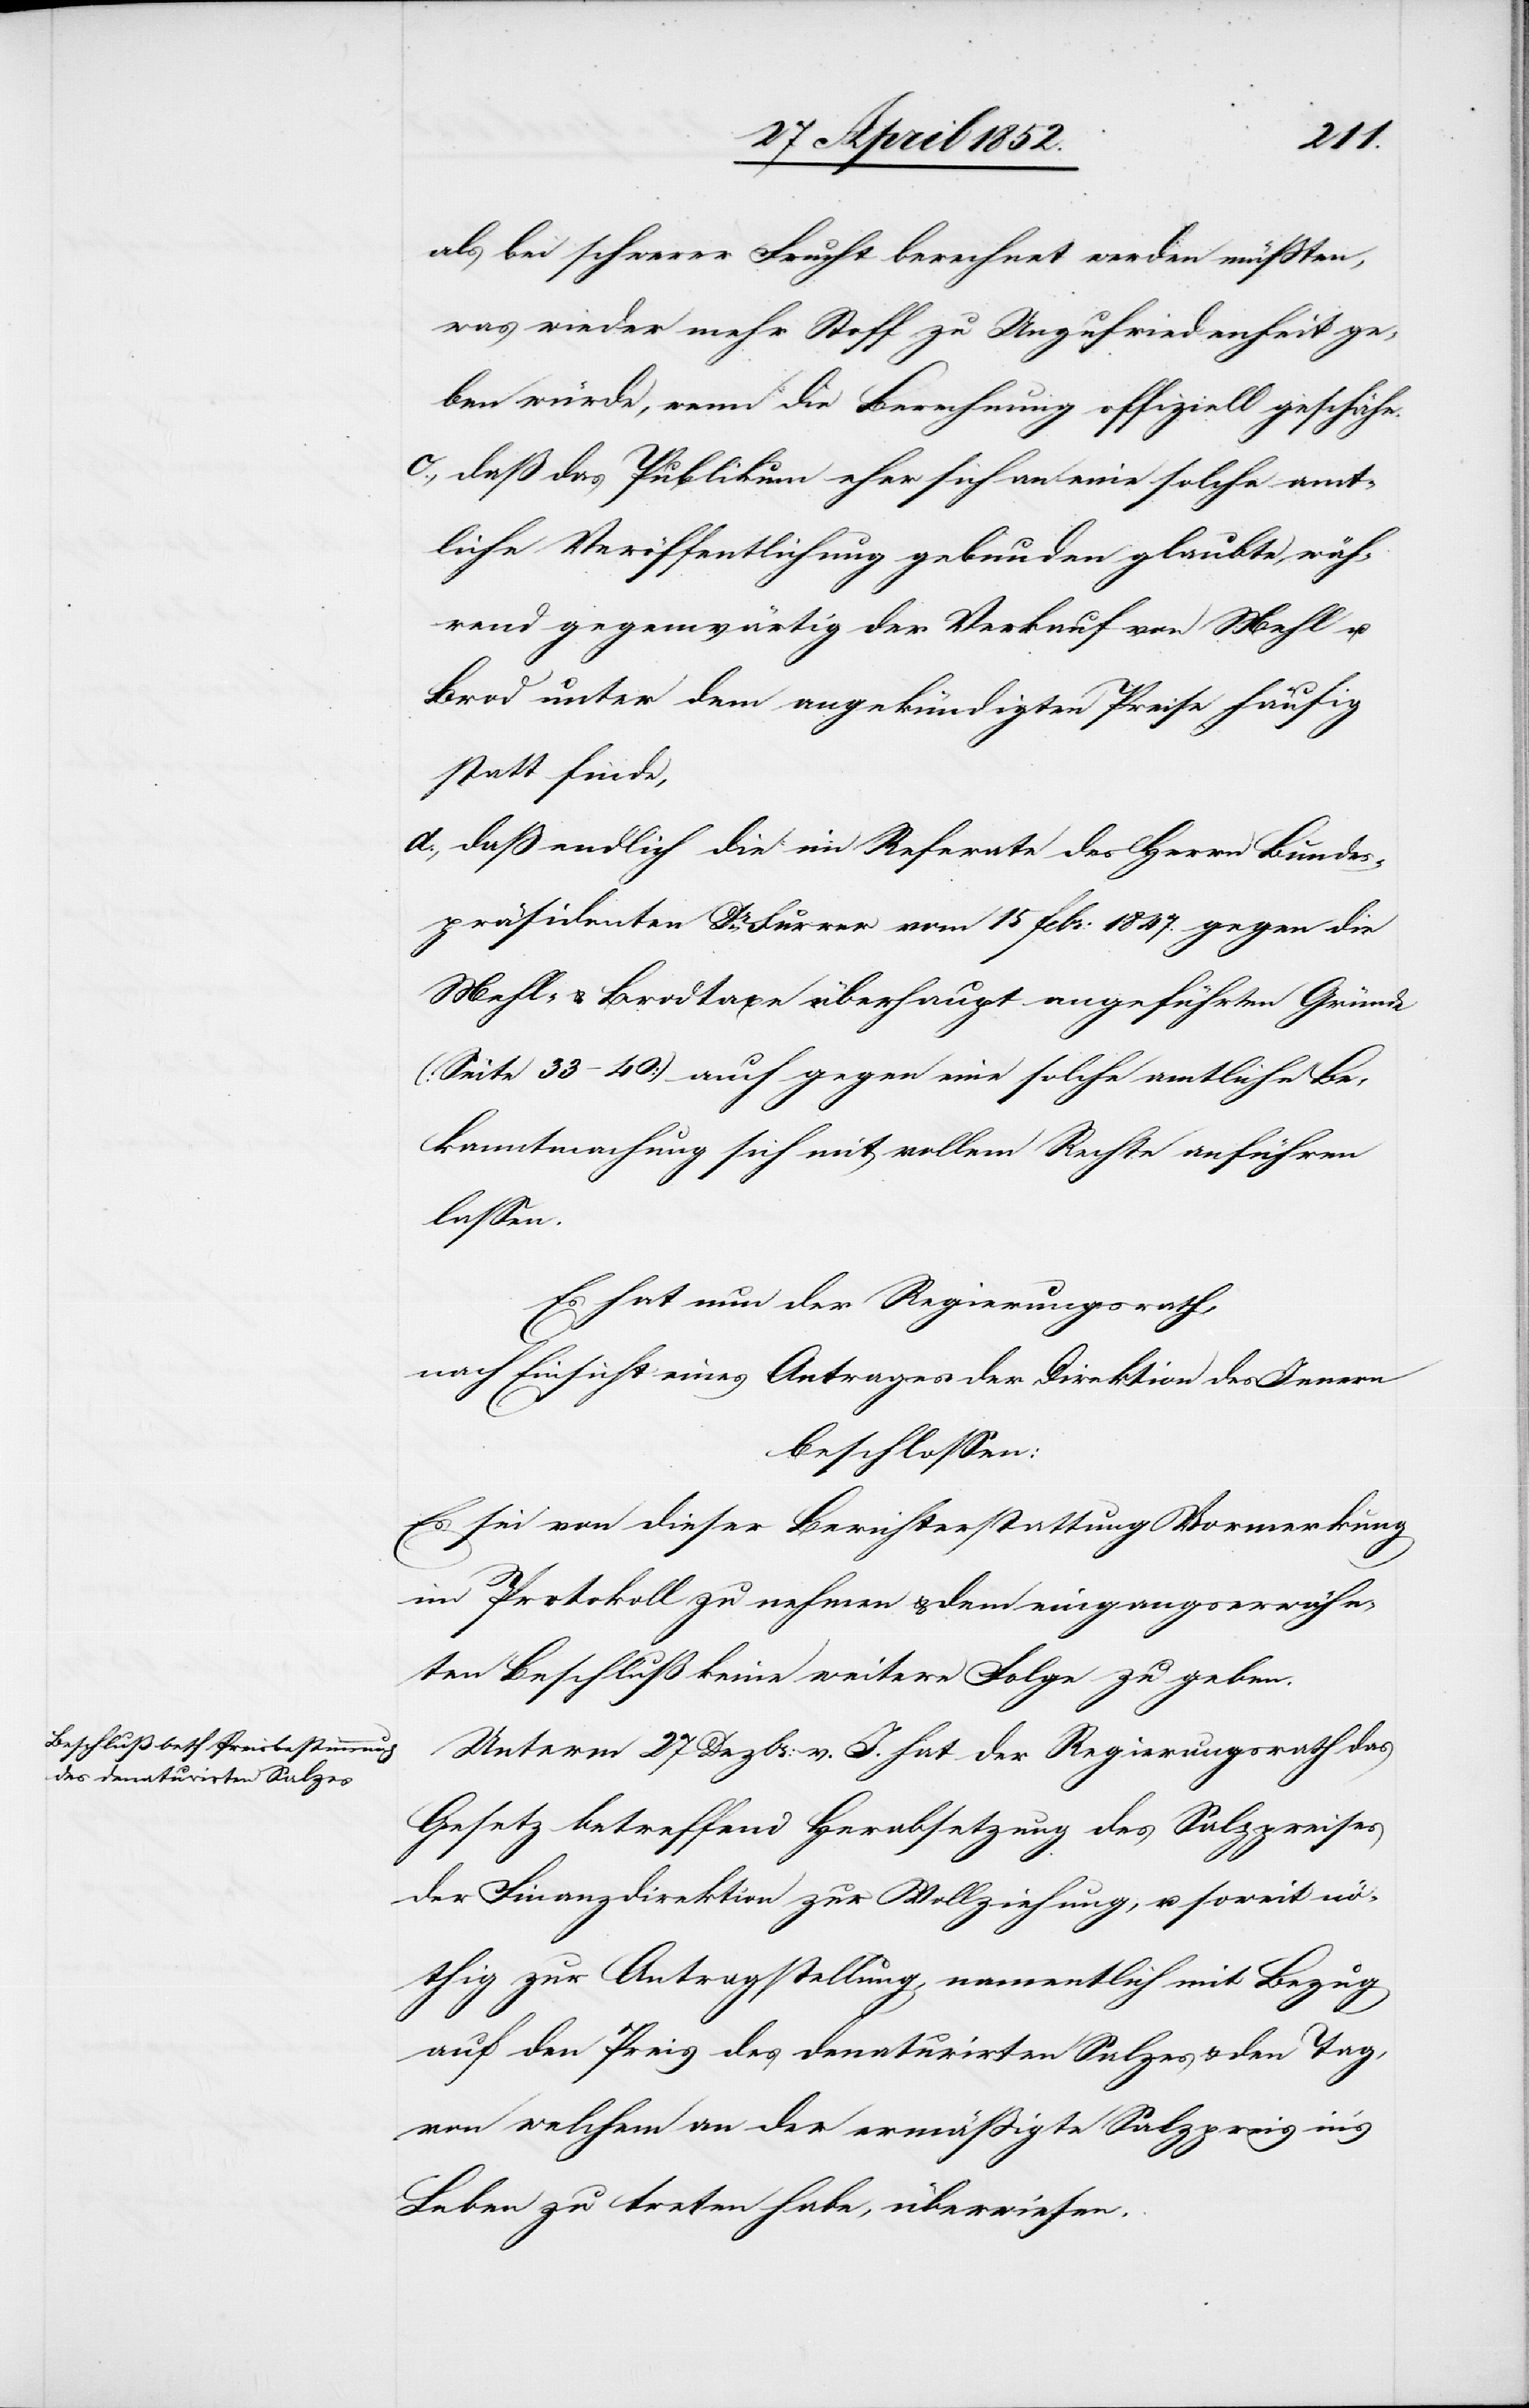
als bei schwerer Frucht berechnet werden müssten,
was wieder mehr Stoff zu Unzufriedenheit ge¬
ben würde, wenn die Berechnung offiziell geschähe.
daß das Publikum eher sich an eine solche amt¬
liche Veröffentlichung gebunden glaubte, wäh¬
rend gegenwärtig der Verkauf von Mehl u.
Brod unter dem angekündigten Preise häufig
statt finde,
daß endlich die im Referate des Herrn Bundes¬
präsidenten Dr. Furrer vom 15 Febr: 1847. gegen die
Mehl- & Brodtaxe überhaupt angeführten Gründe
(Seite 33–40) auch gegen eine solche amtliche Be¬
kanntmachung sich mit vollem Rechte anführen
lassen.
Es hat nun der Regierungsrath,
nach Einsicht eines Antrages der Direktion des Innern
beschlossen.
Es sei von dieser Berichterstattung Vormerkung
im Protokoll zu nehmen & dem eingangserwähn¬
ten Beschluß keine weitere Folge zu geben.
Unterm 27 Dezbr: v. J. hat der Regierungsrath das
Gesetz betreffend Herabsetzung des Salzpreises
der Finanzdirektion zur Vollziehung, u. soweit n¬
öthig zur Antragstellung, namentlich mit Bezug
auf den Preis des denaturirten Salzes & den Tag
von welchem an der ermässigte Salzpreis in’s
Leben zu treten habe, überwiesen.